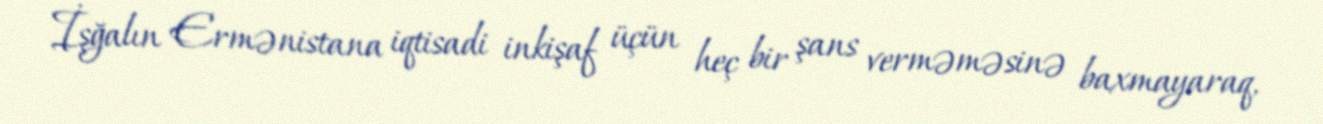
İşğalın Ermənistana iqtisadi inkişaf üçün heç bir şans verməməsinə baxmayaraq,